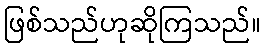
ဖြစ်သည်ဟုဆိုကြသည်။